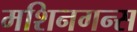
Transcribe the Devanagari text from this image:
मशिनगन्स